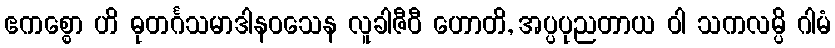
ဧကစ္စော ဟိ ဓုတင်္ဂသမာဒါနဝသေန လူခါဇီဝီ ဟောတိ, အပ္ပပုညတာယ ဝါ သကလမ္ပိ ဂါမံ